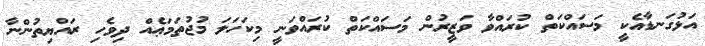
އަޅުގަނޑާއެކީ މަސައްކަތް ކުރައްވާ ވަޒީރުން މަސައްކަތް ކުރައްވަނީ މިކަހަލަ މުޖުތަމަޢެއް ދިވެހި ރައްޔިތުންނާ